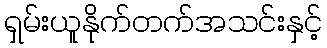
ရှမ်းယူနိုက်တက်အသင်းနှင့်